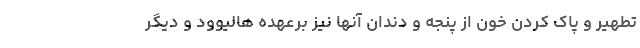
تطهیر و پاک کردن خون از پنجه و دندان آنها نیز برعهده ‌هالیوود و دیگر